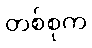
တစ်စုက